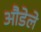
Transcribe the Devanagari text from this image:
औडेले